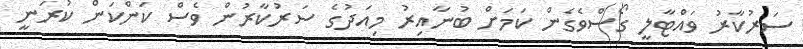
ސަރުކާރު ވައްޓާލީ ގޯސްވެގެން ކަމަށް ބުނާއިރު މިއަދުގެ ސަރުކާރުން ވެސް ކަންކަން ކުރަނީ